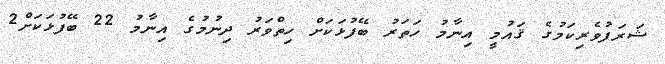
ޝަރަފުވެރިކަމުގެ ޤައުމީ އިނާމު ހަތަރު ބޭފުޅަކަށް ހިތްވަރު ދިނުމުގެ އިނާމު 22 ބޭފުޅަކަށް2